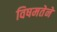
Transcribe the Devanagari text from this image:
विषमतेने